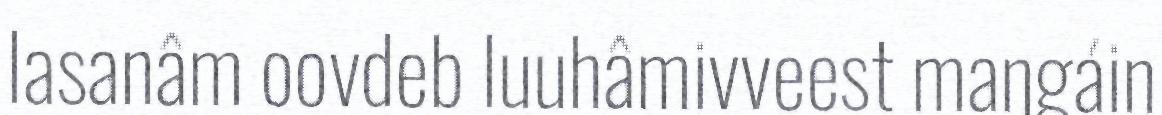
lasanâm oovdeb luuhâmivveest maŋgáin